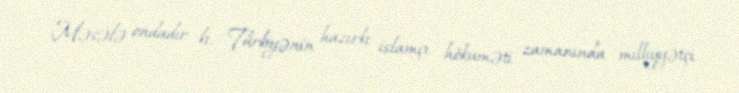
Məsələ ondadır ki, Türkiyənin hazırkı islamçı hökuməti zamanında milliyyətçi